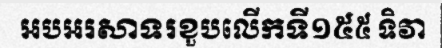
អបអរសាទរខួបលើកទី១៥៥ ទិវា